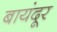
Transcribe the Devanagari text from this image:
बायंदूर